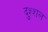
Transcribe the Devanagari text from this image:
दुश्शल